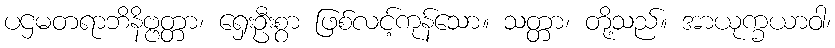
ပဌမတရာဘိနိဗ္ဗတ္တာ၊ ရှေးဦးစွာ ဖြစ်လင့်ကုန်သော။ သတ္တာ၊ တို့သည်။ အာယုက္ခယာဝါ၊